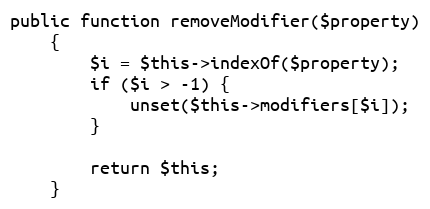
Language: PHP
public function removeModifier($property)
    {
        $i = $this->indexOf($property);
        if ($i > -1) {
            unset($this->modifiers[$i]);
        }

        return $this;
    }